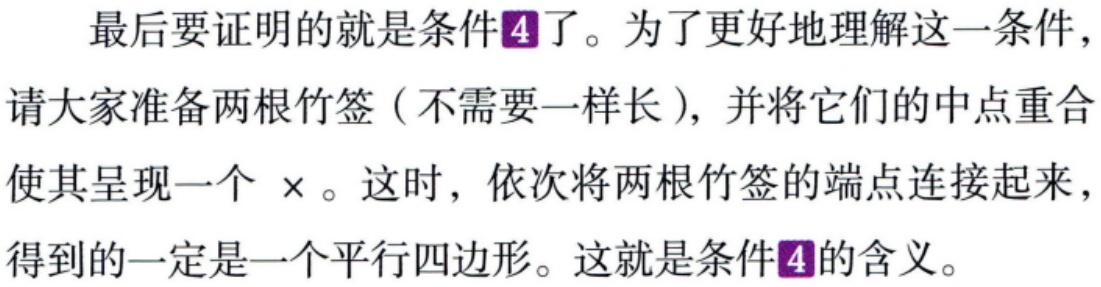
最后要证明的就是条件\textcolor{purple}{4}了。为了更好地理解这一条件，请大家准备两根竹签（不需要一样长），并将它们的中点重合使其呈现一个 $\times$。这时，依次将两根竹签的端点连接起来，得到的一定是一个平行四边形。这就是条件\textcolor{purple}{4}的含义。